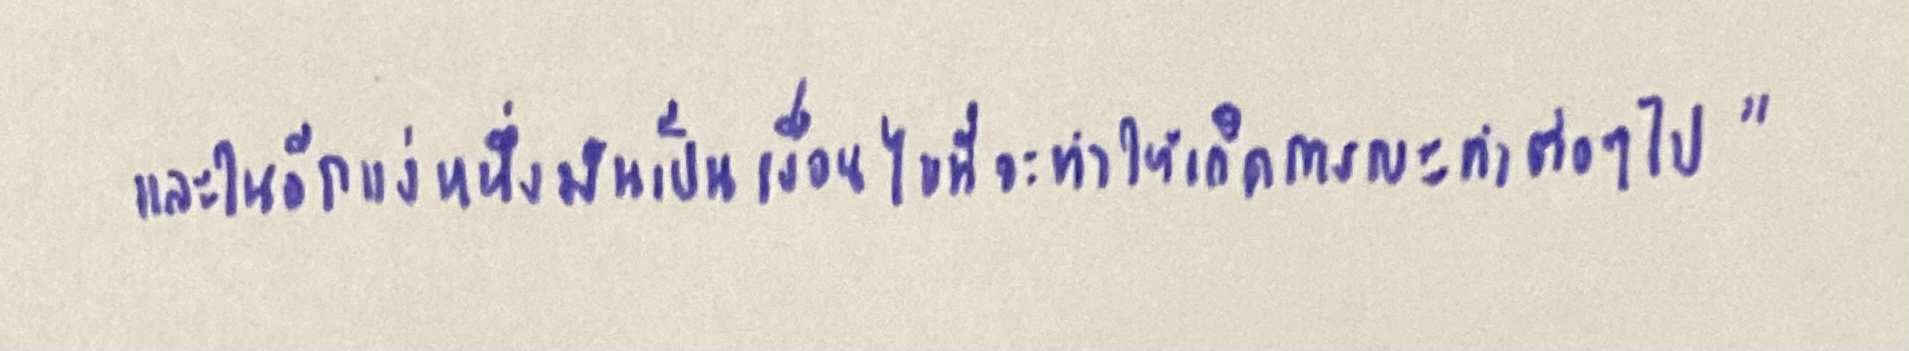
และในอีกแง่หนึ่งมันเป็นเงื่อนไขที่จะทำให้เกิดการกระทำต่อๆ ไป"